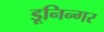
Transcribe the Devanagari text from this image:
डूनिन्गर